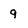
Character: 9